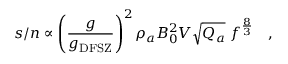
s / n \propto \left( { \frac { g } { g _ { \mathrm { D F S Z } } } } \right) ^ { 2 } \rho _ { a } B _ { 0 } ^ { 2 } V \sqrt { Q _ { a } } ~ f ^ { \frac { 8 } { 3 } } ~ ~ \ ,